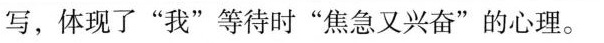
写，体现了”我”等待时”焦急又兴奋”的心理。